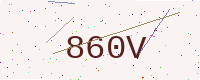
Text: 860V